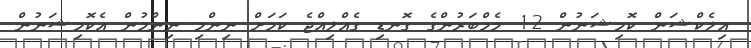
އިލެކްޝަން ކޮމިޝަނުން 12 މެމްބަރުންގެ ގޮނޑި ގެއްލިއްޖެ ކަމަށް ނިންމި ނިންމުން އެކޮމިޝަނުން